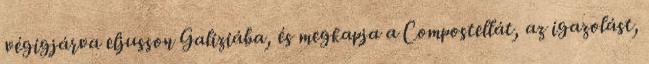
végigjárva eljusson Galiziába, és megkapja a Compostellát, az igazolást,